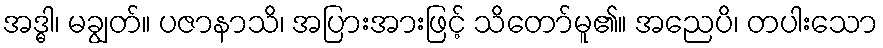
အဒ္ဓါ၊ မချွတ်။ ပဇာနာသိ၊ အပြားအားဖြင့် သိတော်မူ၏။ အညေပိ၊ တပါးသော